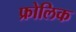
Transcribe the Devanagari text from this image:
फ्रोलिक